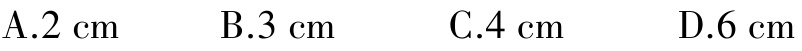
A.2 cm  B.3 cm  C.4 cm  D.6 cm